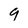
Character: 9